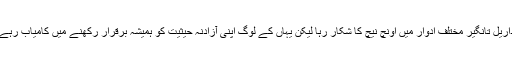
داریل تانگیر مختلف ادوار میں اونچ نیچ کا شکار رہا لیکن یہاں کے لوگ اپنی آزادنہ حیثیت کو ہمیشہ برقرار رکھنے میں کامیاب رہے۔